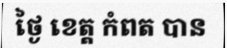
ថ្ងៃ ខេត្ត កំពត បាន